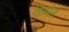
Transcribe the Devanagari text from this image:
शिम्मेल